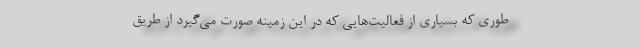
طوری که بسیاری از فعالیت‌هایی که در این زمینه صورت می‌گیرد از طریق